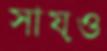
সায়ও